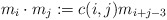
\begin{align*}m_i\cdot m_j :=c(i,j)m_{i+j-3}\end{align*}